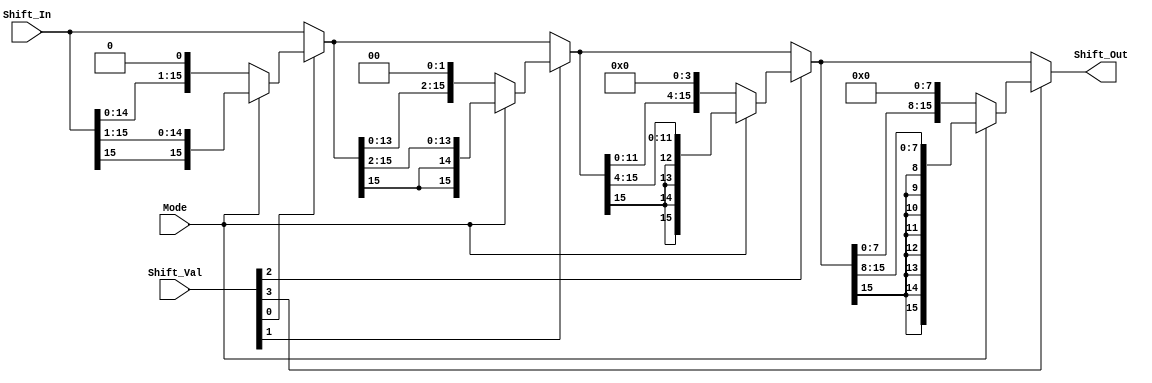
module Shifter (Shift_Out, Shift_In, Shift_Val, Mode);
input [15:0] Shift_In; 	// This is the input data to perform shift operation on
input [3:0] Shift_Val; 	// Shift amount (used to shift the input data)
input  Mode; 		// To indicate 0=SLL or 1=SRA 
output [15:0] Shift_Out; 	// Shifted output data
wire[15:0] stg1,stg2,stg3;

assign stg1 = Shift_Val[0]?Mode? {Shift_In[15],Shift_In[15:1]}:{Shift_In[14:0],1'b0}:Shift_In;
assign stg2 = Shift_Val[1]?Mode? {{2{stg1[15]}},stg1[15:2]}:{stg1[13:0],2'b0}:stg1 ;
assign stg3 = Shift_Val[2]?Mode? {{4{stg2[15]}},stg2[15:4]}:{stg2[11:0],4'b0}:stg2;
assign Shift_Out = Shift_Val[3]? Mode? {{8{stg3[15]}},stg3[15:8]}:{stg3[7:0],8'b0}:stg3;


endmodule